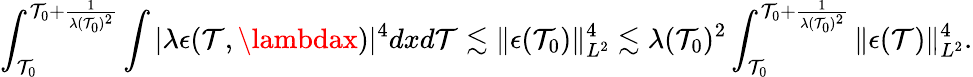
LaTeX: \int_{\mathcal{T}_{0}}^{\mathcal{T}_{0}+\frac{{1}}{{\lambda(\mathcal{T}_{0})^{2}}}}\int|\lambda\epsilon(\mathcal{T},\lambdax)|^{4}dxd\mathcal{T}\lesssim\| \epsilon(\mathcal{T}_{0})\| _{L^{2}}^{4}\lesssim\lambda(\mathcal{T}_{0})^{2}\int_{\mathcal{T}_{0}}^{\mathcal{T}_{0}+\frac{{1}}{{\lambda(\mathcal{T}_{0})^{2}}}}\| \epsilon(\mathcal{T})\| _{L^{2}}^{4}.